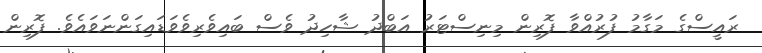
ރައީސްގެ މަގާމު ފުރުއްވާ ފޮރިން މިނިސްޓަރު އަބްދު ޝާހިދު ވެސް ބައިވެރިވެވަޑައިގަންނަވައެވެ. ފޮރިން